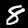
Label: 8